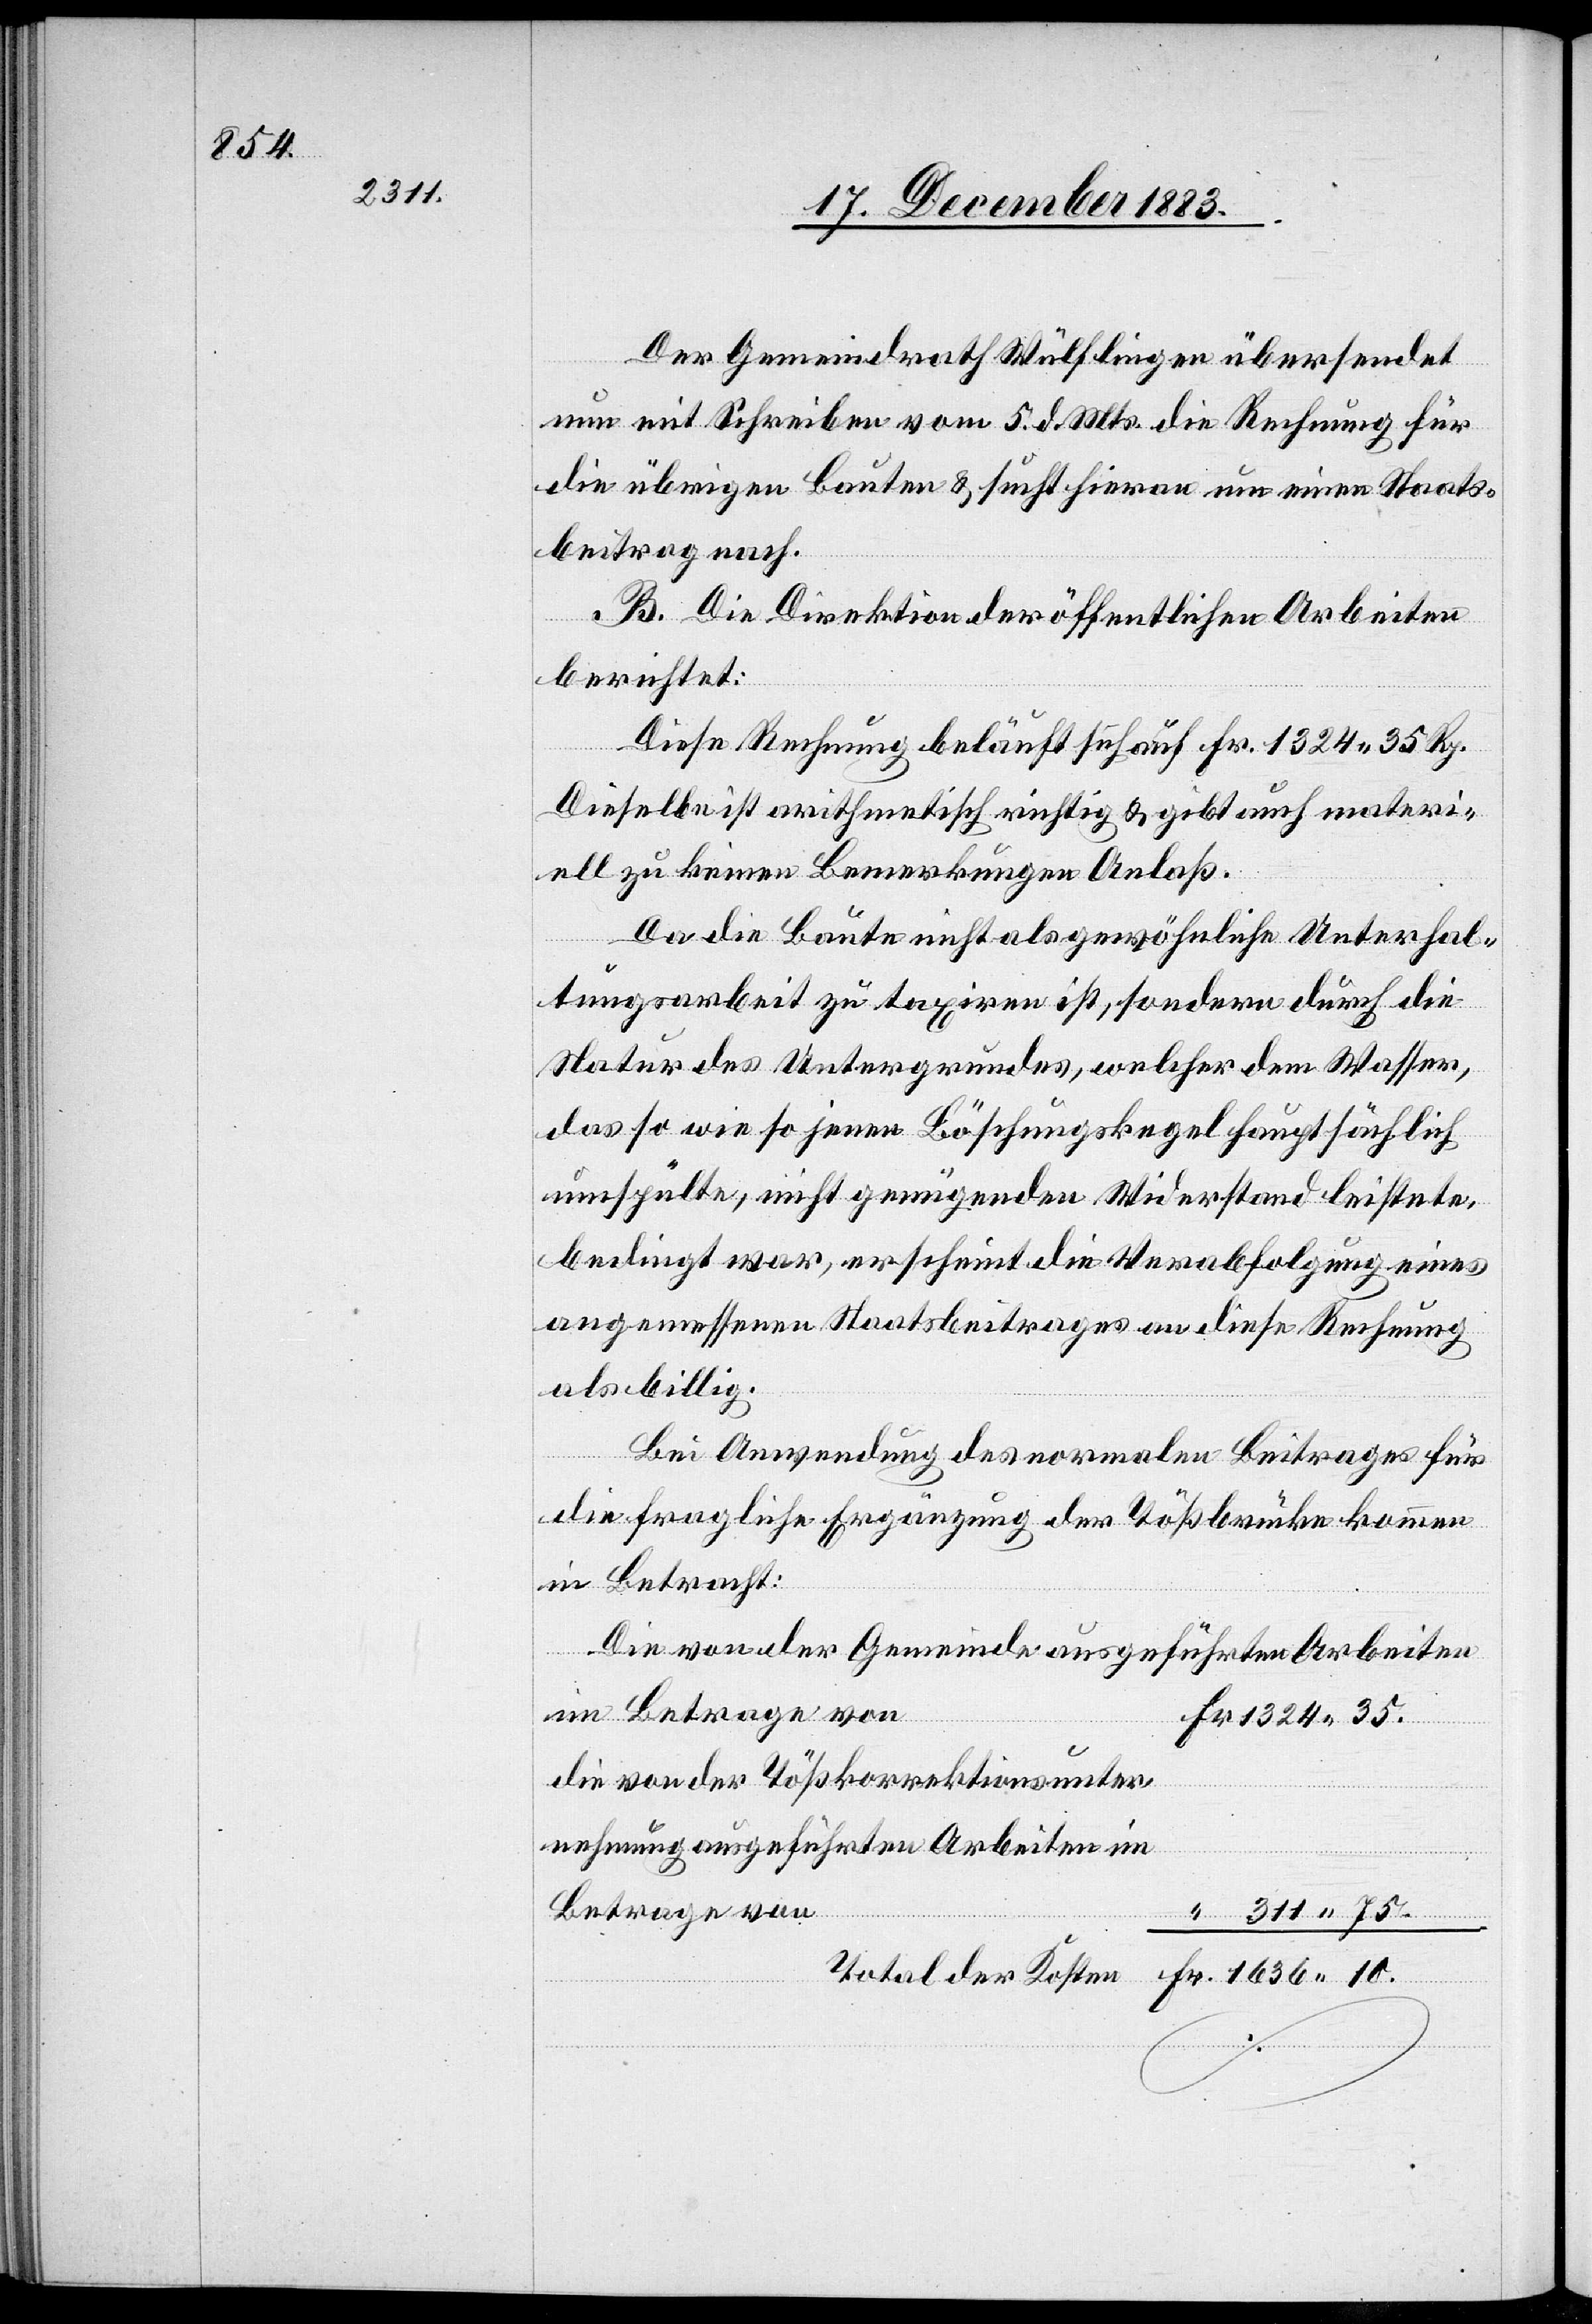
Der Gemeindrath Wülflingen übersendet
nun mit Schreiben vom 5. d. Mts. die Rechnung für
die übrigen Bauten & sucht hieran um einen Staats¬
beitrag nach.
B. Die Direktion der öffentlichen Arbeiten
berichtet:
Diese Rechnung beläuft sich auf Fr. 1324 35 Rp.
Dieselbe ist arithmetisch richtig & gibt auch materi¬
ell zu keinen Bemerkungen Anlaß.
Da die Baute nicht als gewöhnliche Unterhal¬
tungsarbeit zu taxiren ist, sondern durch die
Natur des Untergrundes, welcher dem Wasser,
das so wie so jenen Böschungskegel hauptsächlich
umspülte, nicht genügenden Widerstand leistete,
bedingt war, erscheint die Verabfolgung eines
angemessenen Staatsbeitrages an diese Rechnung
als billig.
Bei Anwendung des normalen Beitrages für
die fragliche Ergänzung der Tößbrücke kommen
in Betracht:
Die von der Gemeinde ausgeführten Arbeiten
im Betrage von
1324 35.
die von der Tößkorrektionsunter¬
nehmung ausgeführten Arbeiten im
Betrage von
311 75.
Total der Kosten
Fr.
10.